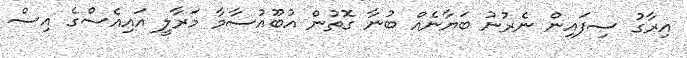
އިރާގު ސިފައިން ނެރުނު ބަޔާނެއް ބުނާ ގޮތުން އުބޫއުސާމާ މަރާލީ އައިއެސްގެ އިސް